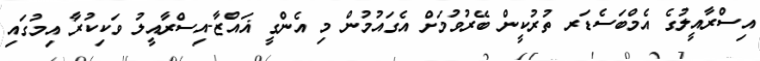
އިސްރާއީލުގެ އެމްބަސެޑަރ ތުރުކީން ބޭރުވުމަށް އެގައުމުން މި އެންގީ ޣައްޒާ-އިސްރާއީލު ވަކިކުރާ އިމުގައި